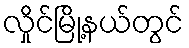
လှိုင်မြို့နယ်တွင်